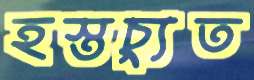
হস্তচ্যুত